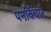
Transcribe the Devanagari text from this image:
पनर्विचार